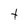
Character: t